Malaria in the Duars
Disease focus: Malaria
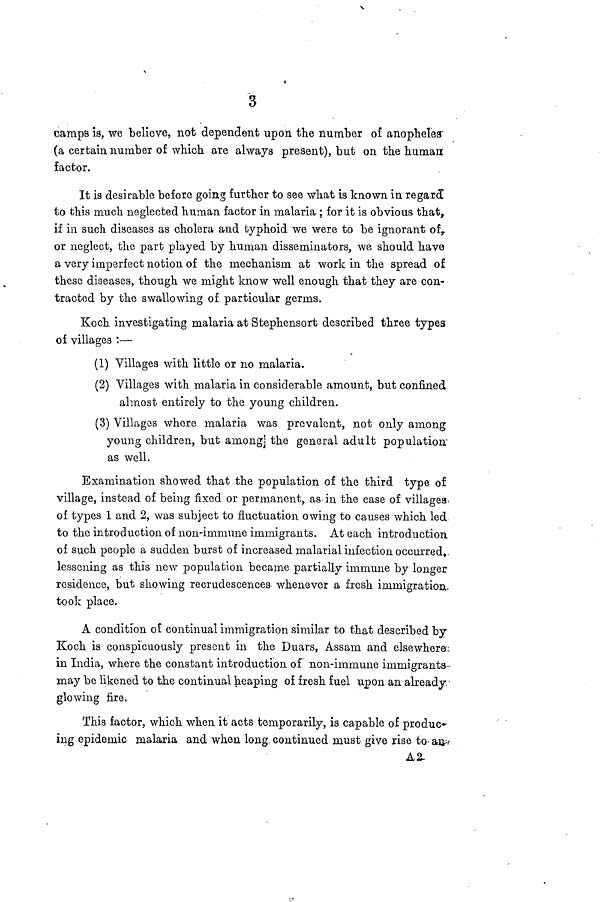
3
camps is, we believe, not dependent upon the number of anopheles
(a certain number of which are always present), but on the human
factor.
It is desirable before going further to see what is known in regard
to this much neglected human factor in malaria ; for it is obvious that,
if in such diseases as cholera and typhoid we were to be ignorant of,
or neglect, the part played by human disseminators, we should have
a very imperfect notion of the mechanism at work in the spread of
these diseases, though we might know well enough that they are con-
tracted by the swallowing of particular germs.
Koch investigating malaria at Stephensort described three types
of villages :—
(1) Villages with little or no malaria.
(2) Villages with malaria in considerable amount, but confined
almost entirely to the young children.
(3) Villages where malaria was prevalent, not only among
young children, but among] the general adult population
as well.
Examination showed that the population of the third type of
village, instead of being fixed or permanent, as in the case of villages
of types 1 and 2, was subject to fluctuation owing to causes which led
to the introduction of non-immune immigrants. At each introduction
of such people a sudden burst of increased malarial infection occurred,
lessening as this new population became partially immune by longer
residence, but showing recrudescences whenever a fresh immigration
took place.
A condition of continual immigration similar to that described by
Koch is conspicuously present in the Duars, Assam and elsewhere:
in India, where the constant introduction of non-immune immigrants
may be likened to the continual heaping of fresh fuel upon an already
glowing fire.
This factor, which when it acts temporarily, is capable of produc-
ing epidemic malaria and when long, continued must give rise to an
A 2.